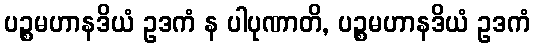
ပဉ္စမဟာနဒိယံ ဥဒကံ န ပါပုဏာတိ, ပဉ္စမဟာနဒိယံ ဥဒကံ